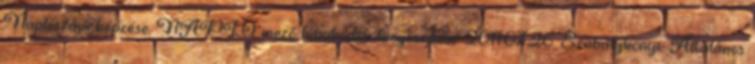
Naplószám képzése, NAPLÓ mező hibakódok kiegészítése 2011.07.26. Szabálykönyv Általános